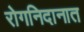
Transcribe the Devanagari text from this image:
रोगनिदानात